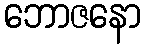
ဘောဇနော